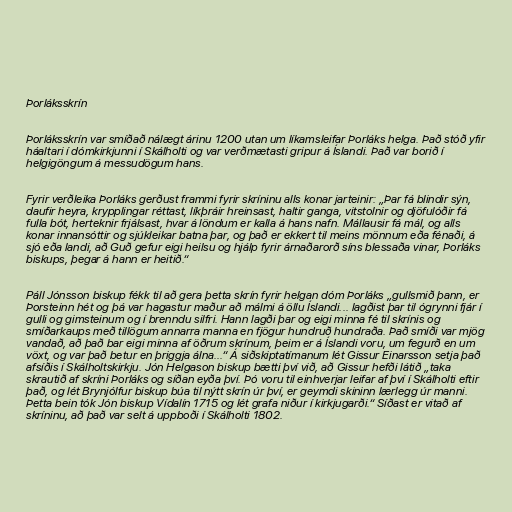
Þorláksskrín

Þorláksskrín var smíðað nálægt árinu 1200 utan um líkamsleifar Þorláks helga. Það stóð yfir
háaltari í dómkirkjunni í Skálholti og var verðmætasti gripur á Íslandi. Það var borið í
helgigöngum á messudögum hans.

Fyrir verðleika Þorláks gerðust frammi fyrir skríninu alls konar jarteinir: „Þar fá blindir sýn,
daufir heyra, krypplingar réttast, líkþráir hreinsast, haltir ganga, vitstolnir og djöfulóðir fá
fulla bót, herteknir frjálsast, hvar á löndum er kalla á hans nafn. Mállausir fá mál, og alls
konar innansóttir og sjúkleikar batna þar, og það er ekkert til meins mönnum eða fénaði, á
sjó eða landi, að Guð gefur eigi heilsu og hjálp fyrir árnaðarorð síns blessaða vinar, Þorláks
biskups, þegar á hann er heitið.“

Páll Jónsson biskup fékk til að gera þetta skrín fyrir helgan dóm Þorláks „gullsmið þann, er
Þorsteinn hét og þá var hagastur maður að málmi á öllu Íslandi... lagðist þar til ógrynni fjár í
gulli og gimsteinum og í brenndu silfri. Hann lagði þar og eigi minna fé til skrínis og
smíðarkaups með tillögum annarra manna en fjögur hundruð hundraða. Það smíði var mjög
vandað, að það bar eigi minna af öðrum skrínum, þeim er á Íslandi voru, um fegurð en um
vöxt, og var það betur en þriggja álna...“ Á siðskiptatímanum lét Gissur Einarsson setja það
afsíðis í Skálholtskirkju. Jón Helgason biskup bætti því við, að Gissur hefði látið „taka
skrautið af skríni Þorláks og síðan eyða því. Þó voru til einhverjar leifar af því í Skálholti eftir
það, og lét Brynjólfur biskup búa til nýtt skrín úr því, er geymdi skininn lærlegg úr manni.
Þetta bein tók Jón biskup Vídalín 1715 og lét grafa niður í kirkjugarði.“ Síðast er vitað af
skríninu, að það var selt á uppboði í Skálholti 1802.